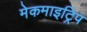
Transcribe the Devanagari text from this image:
मेकमाइट्रिप